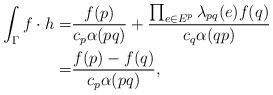
LaTeX: \begin{align*}\int_\Gamma f\cdot h= & \frac{f(p)}{c_p\alpha(pq)}+\frac{\prod_{e\in E^p}\lambda_{pq}(e)f(q)}{c_q\alpha(qp)}\\= & \frac{f(p)-f(q)}{c_p\alpha(pq)},\end{align*}